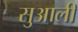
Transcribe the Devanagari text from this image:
सुआली